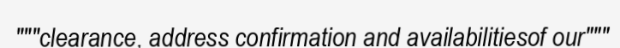
"""clearance, address confirmation and availabilitiesof our"""